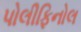
પોલીફિનોલ